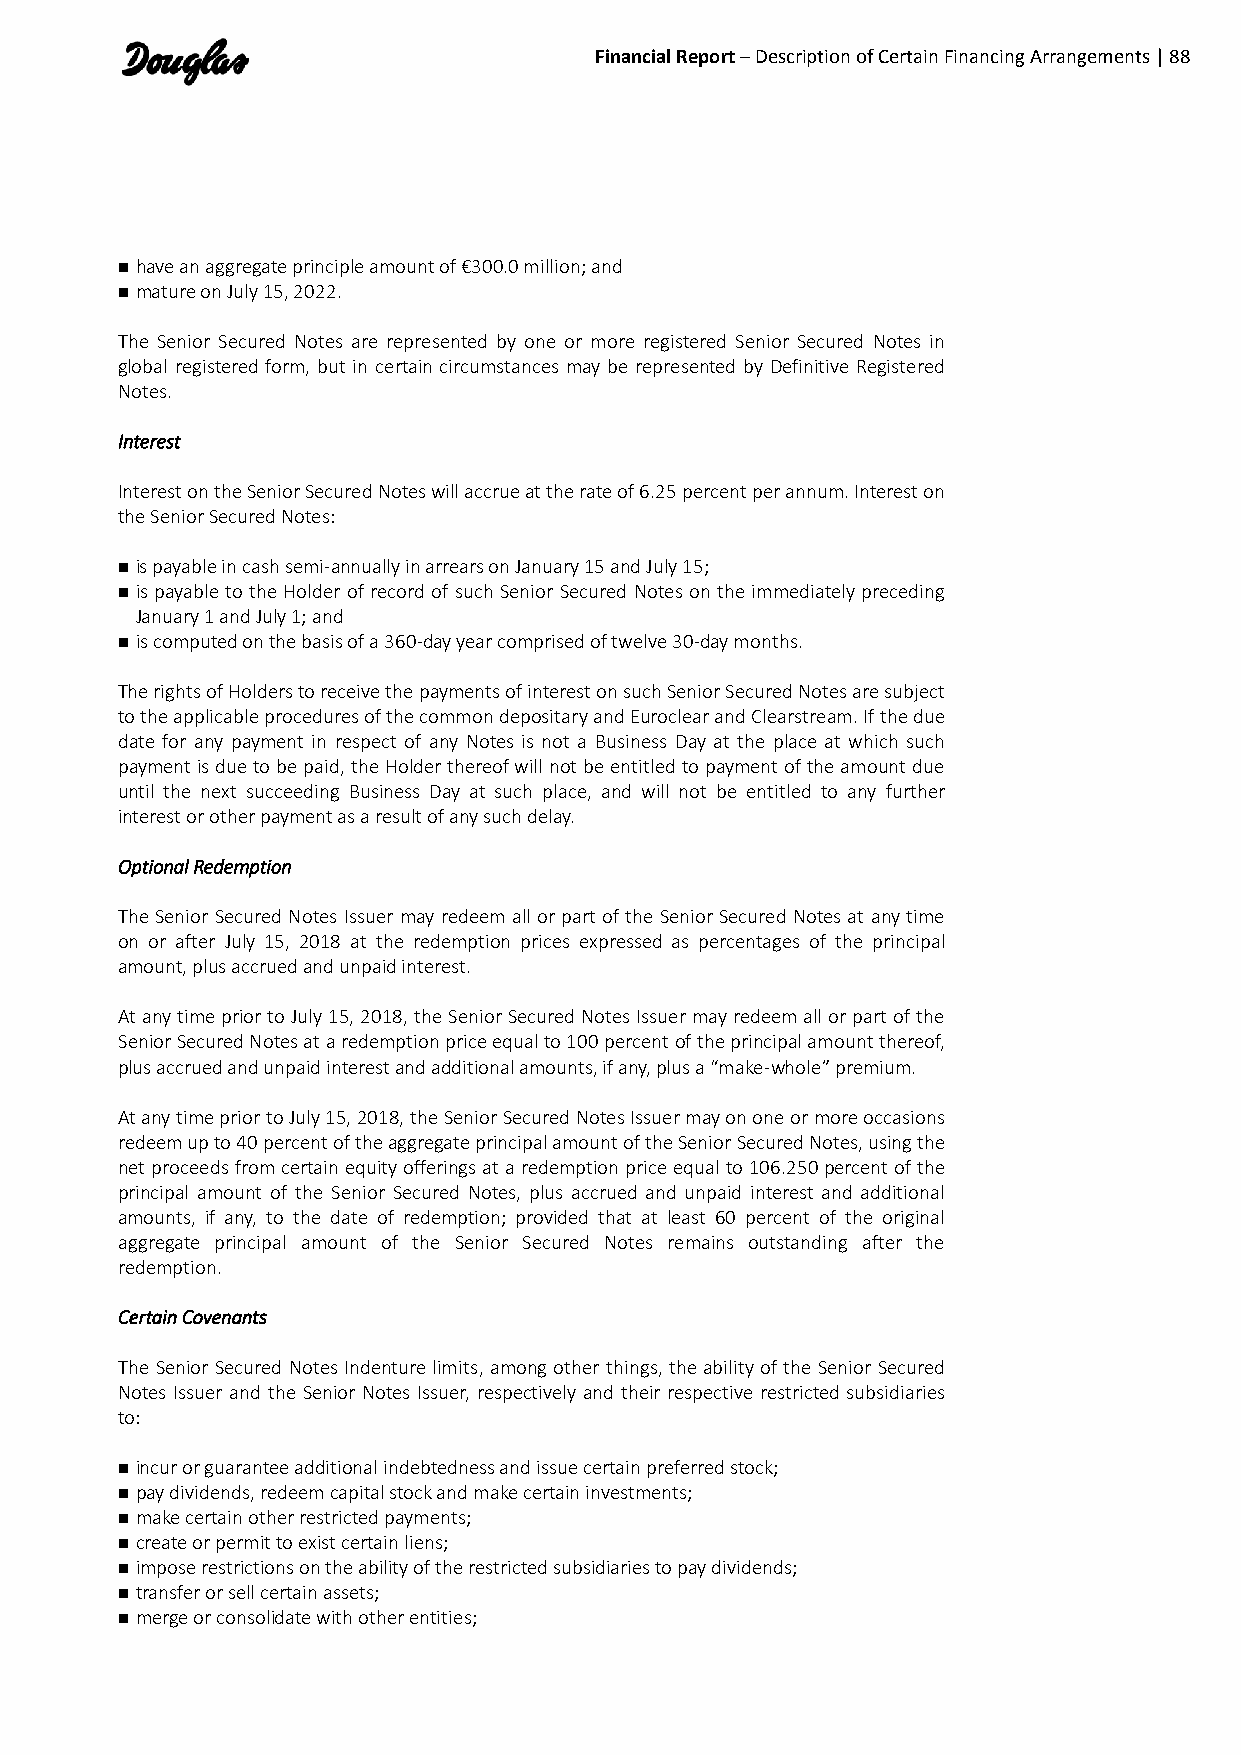
Financial Report – Description of Certain Financing Arrangements | 88
  have an aggregate principle amount of €300.0 million; and
  mature on July 15, 2022.
 The Senior Secured Notes are represented by one or more registered Senior Secured Notes in
 global registered form, but in certain circumstances may be represented by Definitive Registered
 Notes.
 Interest
 Interest on the Senior Secured Notes will accrue at the rate of 6.25 percent per annum. Interest on
 the Senior Secured Notes:
  is payable in cash semi-annually in arrears on January 15 and July 15;
  is payable to the Holder of record of such Senior Secured Notes on the immediately preceding
 January 1 and July 1; and
  is computed on the basis of a 360-day year comprised of twelve 30-day months.
 The rights of Holders to receive the payments of interest on such Senior Secured Notes are subject
 to the applicable procedures of the common depositary and Euroclear and Clearstream. If the due
 date for any payment in respect of any Notes is not a Business Day at the place at which such
 payment is due to be paid, the Holder thereof will not be entitled to payment of the amount due
 until the next succeeding Business Day at such place, and will not be entitled to any further
 interest or other payment as a result of any such delay.
 Optional Redemption
 The Senior Secured Notes Issuer may redeem all or part of the Senior Secured Notes at any time
 on or after July 15, 2018 at the redemption prices expressed as percentages of the principal
 amount, plus accrued and unpaid interest.
 At any time prior to July 15, 2018, the Senior Secured Notes Issuer may redeem all or part of the
 Senior Secured Notes at a redemption price equal to 100 percent of the principal amount thereof,
 plus accrued and unpaid interest and additional amounts, if any, plus a “make-whole” premium.
 At any time prior to July 15, 2018, the Senior Secured Notes Issuer may on one or more occasions
 redeem up to 40 percent of the aggregate principal amount of the Senior Secured Notes, using the
 net proceeds from certain equity offerings at a redemption price equal to 106.250 percent of the
 principal amount of the Senior Secured Notes, plus accrued and unpaid interest and additional
 amounts, if any, to the date of redemption; provided that at least 60 percent of the original
 aggregate principal amount of the Senior Secured Notes remains outstanding after the
 redemption.
 Certain Covenants
 The Senior Secured Notes Indenture limits, among other things, the ability of the Senior Secured
 Notes Issuer and the Senior Notes Issuer, respectively and their respective restricted subsidiaries
 to:
  incur or guarantee additional indebtedness and issue certain preferred stock;
  pay dividends, redeem capital stock and make certain investments;
  make certain other restricted payments;
  create or permit to exist certain liens;
  impose restrictions on the ability of the restricted subsidiaries to pay dividends;
  transfer or sell certain assets;
  merge or consolidate with other entities;